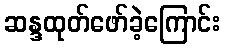
ဆန္ဒထုတ်ဖော်ခဲ့ကြောင်း